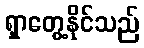
ရှာတွေ့နိုင်သည်